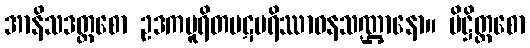
အာနိသဒတ္တစော ဥဒကပူရိတပဋပရိဿာဝနသဏ္ဌာနော။ ပိဋ္ဌိတ္တစော